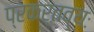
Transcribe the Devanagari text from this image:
प्रकर्तव्यः